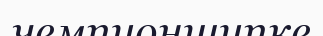
чемпионшипке